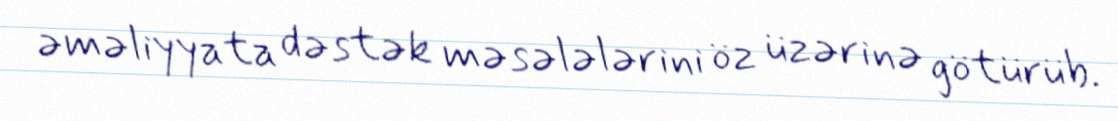
əməliyyata dəstək məsələlərini öz üzərinə götürüb.